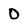
Character: O